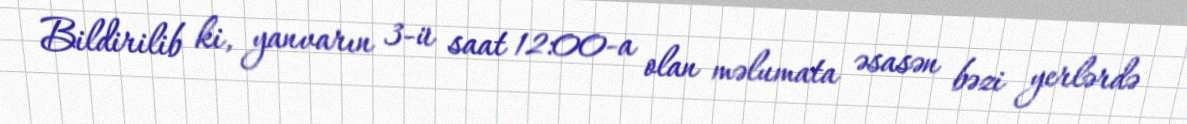
Bildirilib ki, yanvarın 3-ü saat 12:00-a olan məlumata əsasən bəzi yerlərdə